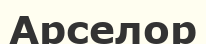
Арселор